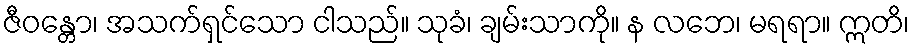
ဇီဝန္တော၊ အသက်ရှင်သော ငါသည်။ သုခံ၊ ချမ်းသာကို။ န လဘေ၊ မရရာ။ ဣတိ၊